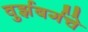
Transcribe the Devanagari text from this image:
वुर्झबर्गचे